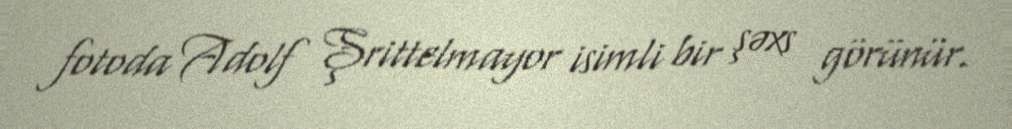
fotoda Adolf Şrittelmayor isimli bir şəxs görünür.